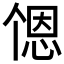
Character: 𬻹